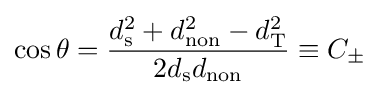
\cos \theta ={\frac {d_{\mathrm {s} }^{2}+d_{\mathrm {non} }^{2}-d_{\mathrm {T} }^{2}}{2d_{\mathrm {s} }d_{\mathrm {non} }}}\equiv C_{\pm }